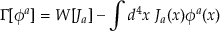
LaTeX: \Gamma [ \phi ^ { a } ] = W [ J _ { a } ] - \int d ^ { 4 } x ~ J _ { a } ( x ) \phi ^ { a } ( x )